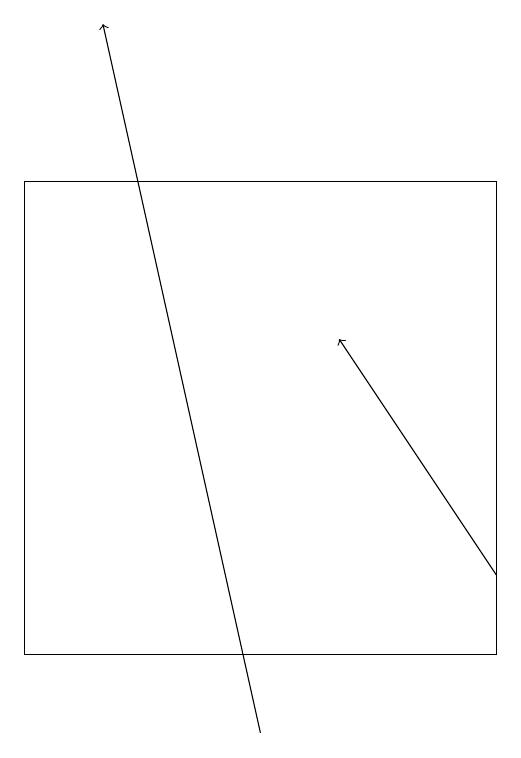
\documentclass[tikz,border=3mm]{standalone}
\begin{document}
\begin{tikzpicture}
\draw[->] (6,10) -- (4,19);
\draw[->] (9,12) -- (7,15);
\draw (9,11) rectangle (3,17);
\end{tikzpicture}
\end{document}